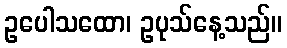
ဥပေါသထော၊ ဥပုသ်နေ့သည်။